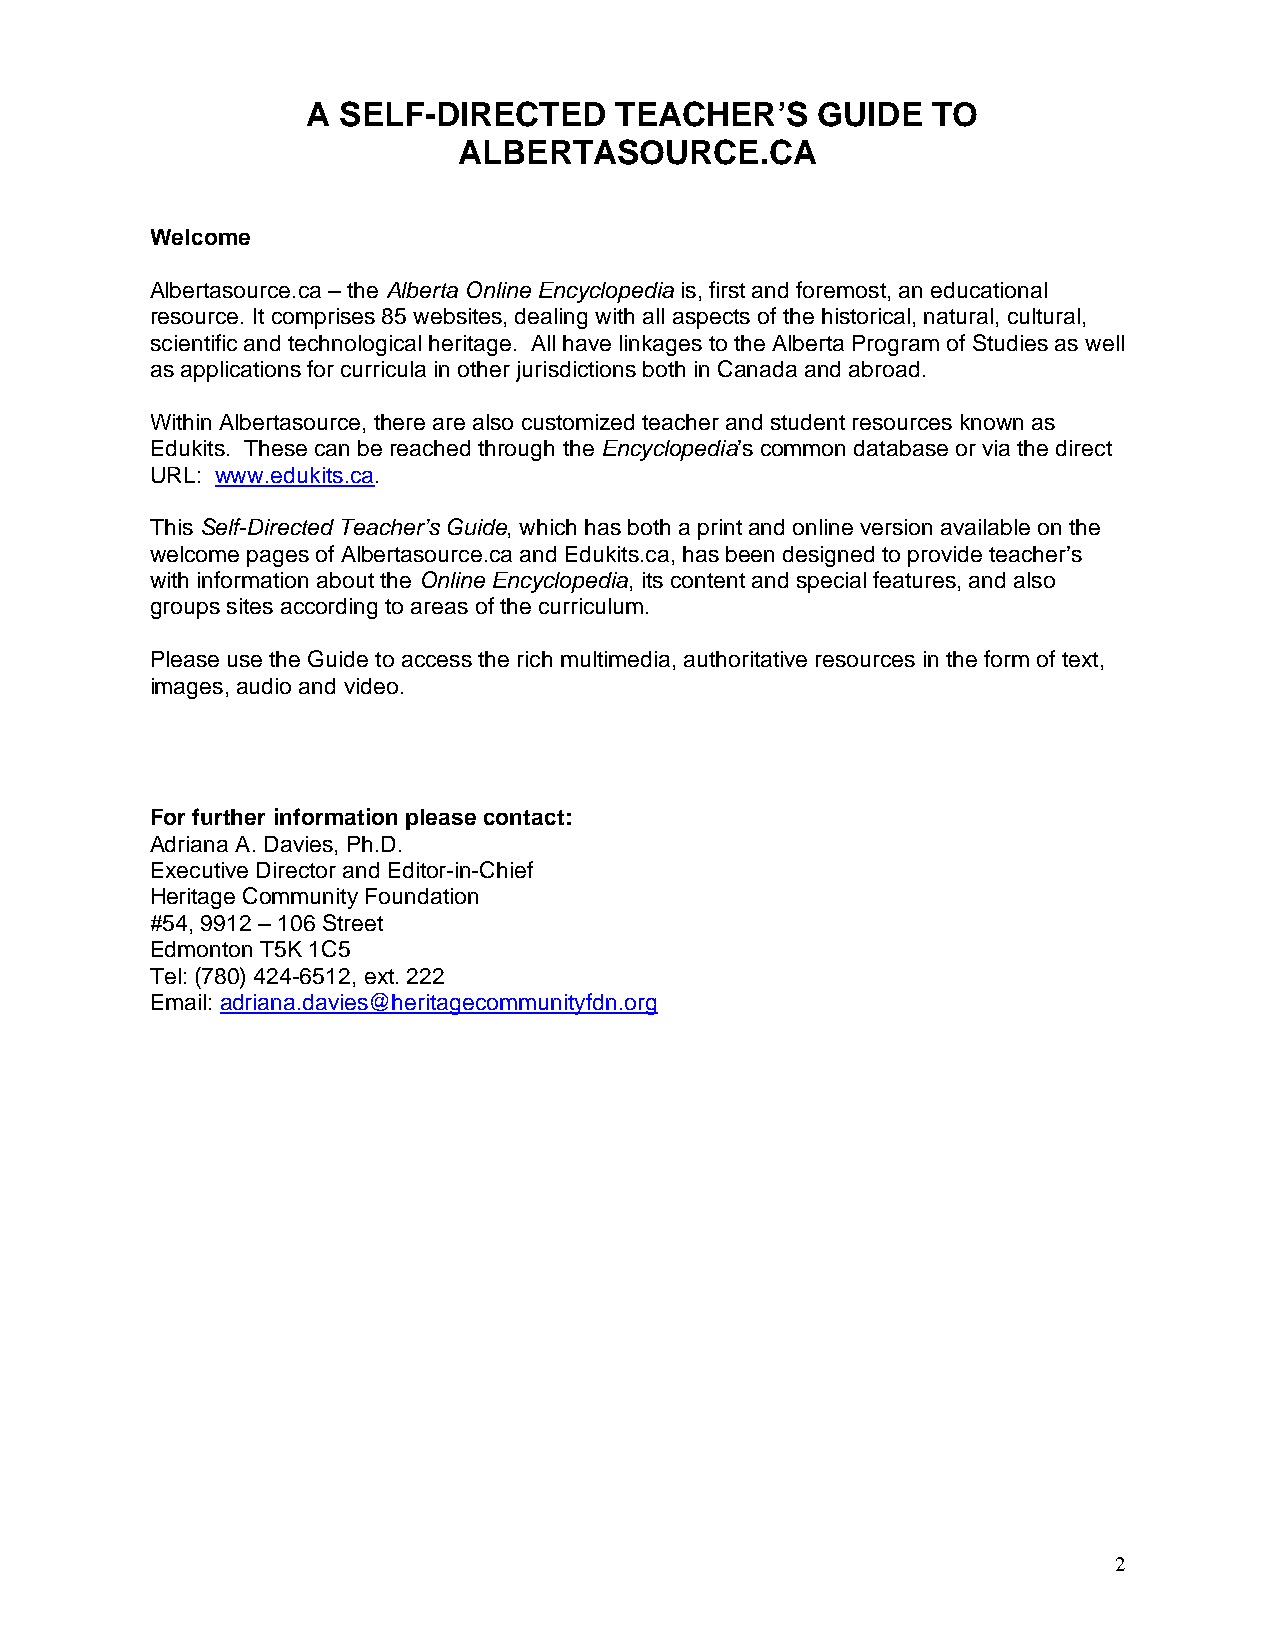
A SELF-DIRECTED      TEACHER’S    GUIDE   TO
 ALBERTASOURCE.CA
 Welcome
 Albertasource.ca – the Alberta Online Encyclopedia is, first and foremost, an educational
 resource. It comprises 85 websites, dealing with all aspects of the historical, natural, cultural,
 scientific and technological heritage. All have linkages to the Alberta Program of Studies as well
 as applications for curricula in other jurisdictions both in Canada and abroad.
 Within Albertasource, there are also customized teacher and student resources known as
 Edukits. These can be reached through the Encyclopedia’s common database or via the direct
 URL: www.edukits.ca.
 This Self-Directed Teacher’s Guide, which has both a print and online version available on the
 welcome pages of Albertasource.ca and Edukits.ca, has been designed to provide teacher’s
 with information about the Online Encyclopedia, its content and special features, and also
 groups sites according to areas of the curriculum.
 Please use the Guide to access the rich multimedia, authoritative resources in the form of text,
 images, audio and video.
 For further information please contact:
 Adriana A. Davies, Ph.D.
 Executive Director and Editor-in-Chief
 Heritage Community Foundation
 #54, 9912 – 106 Street
 Edmonton T5K 1C5
 Tel: (780) 424-6512, ext. 222
 Email: adriana.davies@heritagecommunityfdn.org
 2